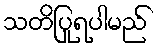
သတိပြုရပါမည်